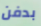
بدفن